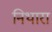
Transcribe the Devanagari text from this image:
निथारा